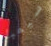
سيمبا